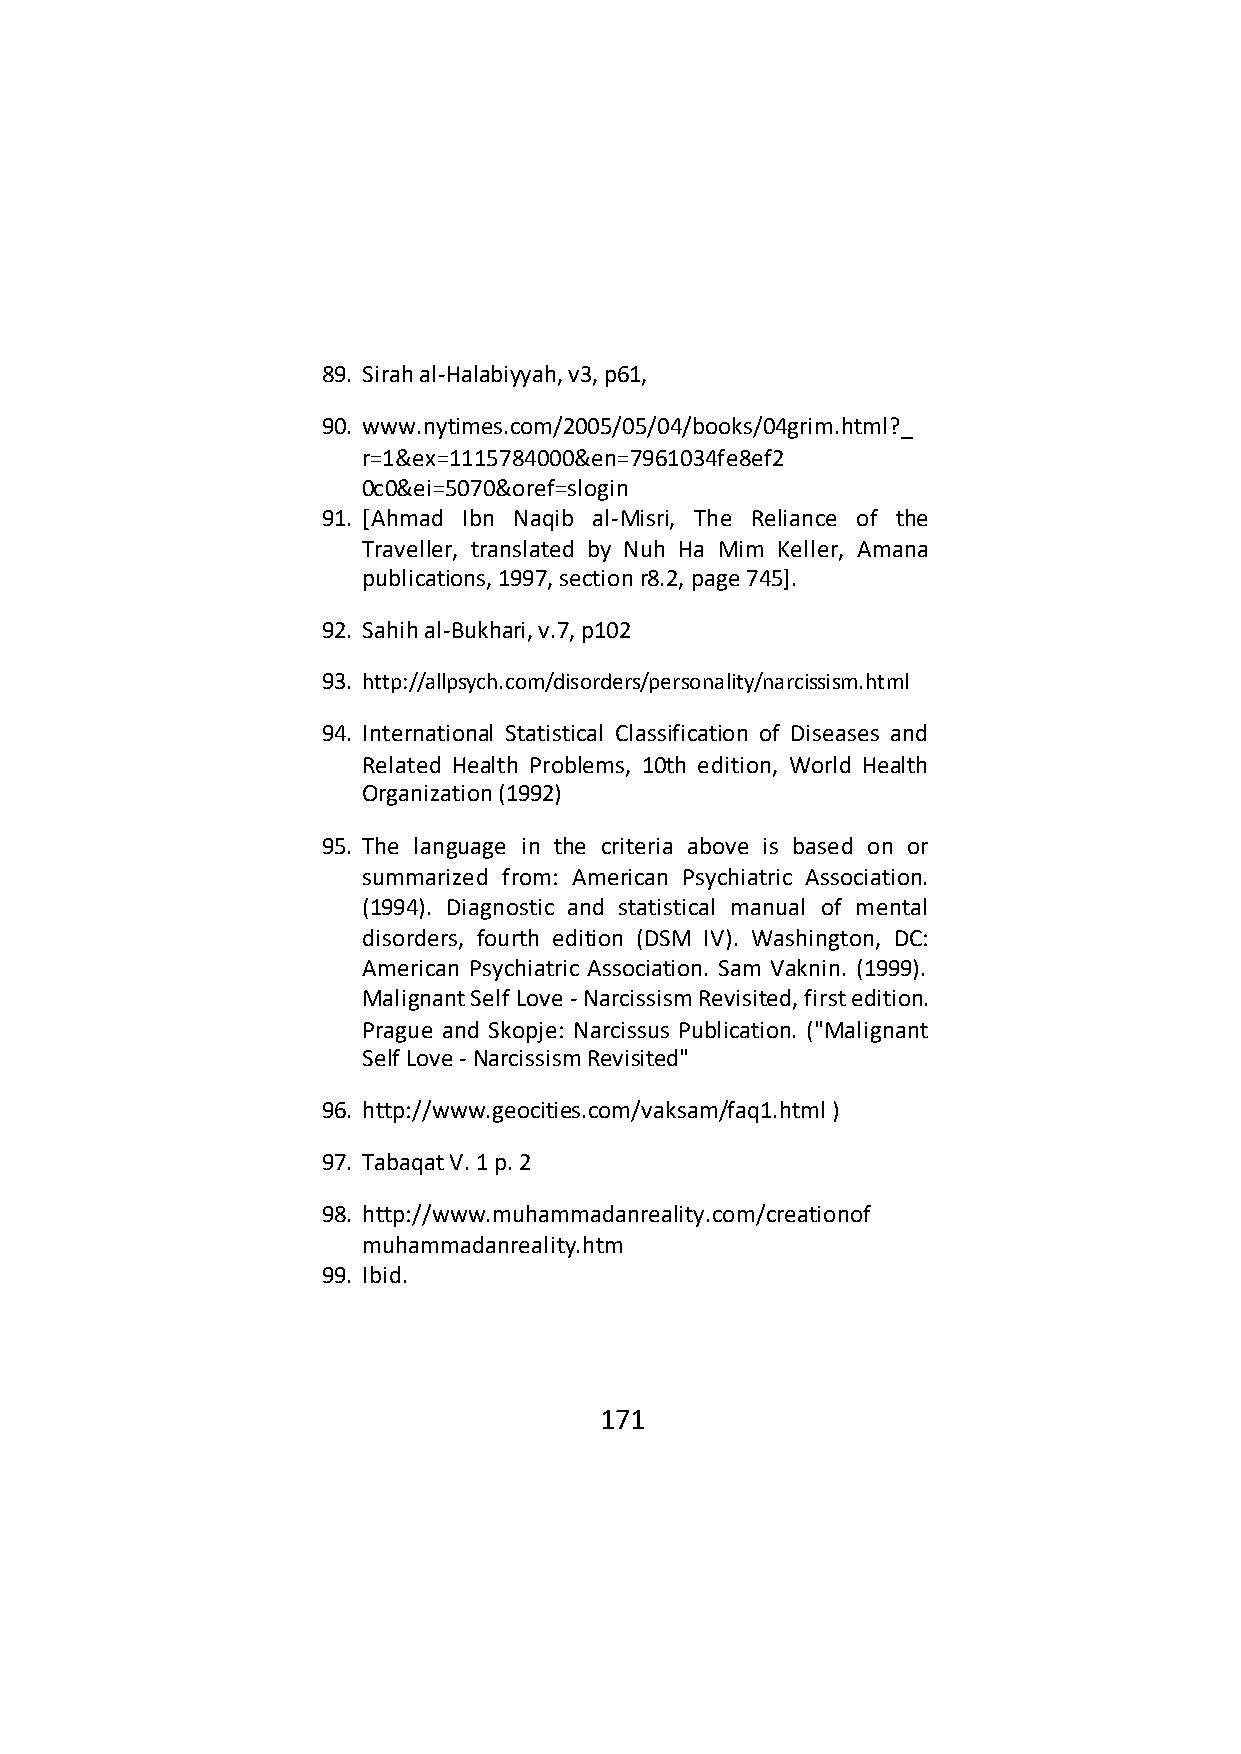
89. Sirah al-Halabiyyah, v3, p61,
 90. www.nytimes.com/2005/05/04/books/04grim.html?_
 r=1&ex=1115784000&en=7961034fe8ef2
 0c0&ei=5070&oref=slogin
 91. [Ahmad Ibn Naqib al-Misri, The Reliance of the
 Traveller, translated by Nuh Ha Mim Keller, Amana
 publications, 1997, section r8.2, page 745].
 92. Sahih al-Bukhari, v.7, p102
 93. http://allpsych.com/disorders/personality/narcissism.html
 94. International Statistical Classification of Diseases and
 Related Health Problems, 10th edition, World Health
 Organization (1992)
 95. The language in the criteria above is based on or
 summarized from: American Psychiatric Association.
 (1994). Diagnostic and statistical manual of mental
 disorders, fourth edition (DSM IV). Washington, DC:
 American Psychiatric Association. Sam Vaknin. (1999).
 Malignant Self Love - Narcissism Revisited, first edition.
 Prague and Skopje: Narcissus Publication. ("Malignant
 Self Love - Narcissism Revisited"
 96. http://www.geocities.com/vaksam/faq1.html )
 97. Tabaqat V. 1 p. 2
 98. http://www.muhammadanreality.com/creationof
 muhammadanreality.htm
 99. Ibid.
 171